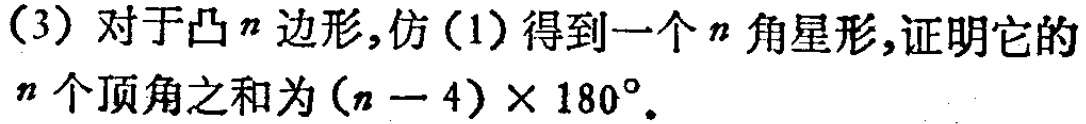
（3）对于凸\(n\)边形，仿（1）得到一个\(n\)角星形，证明它的\(n\)个顶角之和为\((n - 4)\times 180^{\circ}\)。